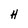
Character: H